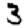
Digit: 3